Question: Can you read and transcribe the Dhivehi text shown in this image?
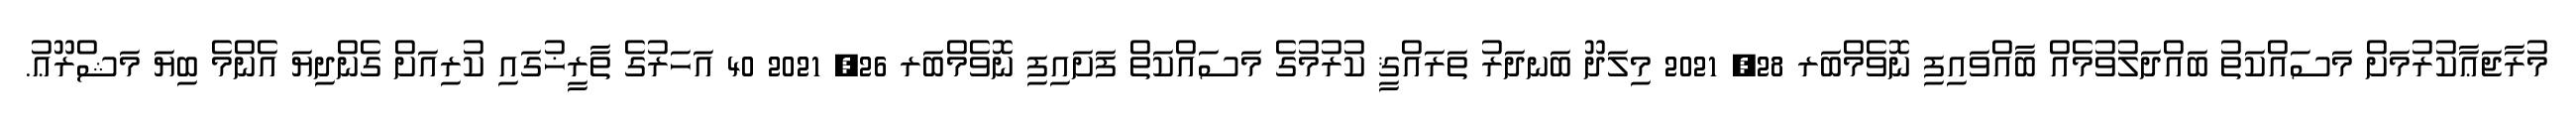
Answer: މުރާޖަޢާކުރުމަށް މަސައްކަތު ބައްދަލުވުމެއް ބާއްވައިފި ނޮވެމްބަރ 28, 2021 މިލަދޫ ބަނދަރު ތަރައްޤީ ކުރުމުގެ މަސައްކަތް ފަށައިފި ނޮވެމްބަރ 26, 2021 40 އަހަރުގެ ތާރީޚުގައި ކުރިއަށް ގެންދިޔަ އެންމެ ބިޔަ މަޝްރޫޢު.